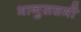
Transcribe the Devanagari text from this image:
भानुसप्तमी